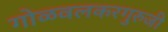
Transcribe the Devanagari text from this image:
गोळवलकरगुरुजी